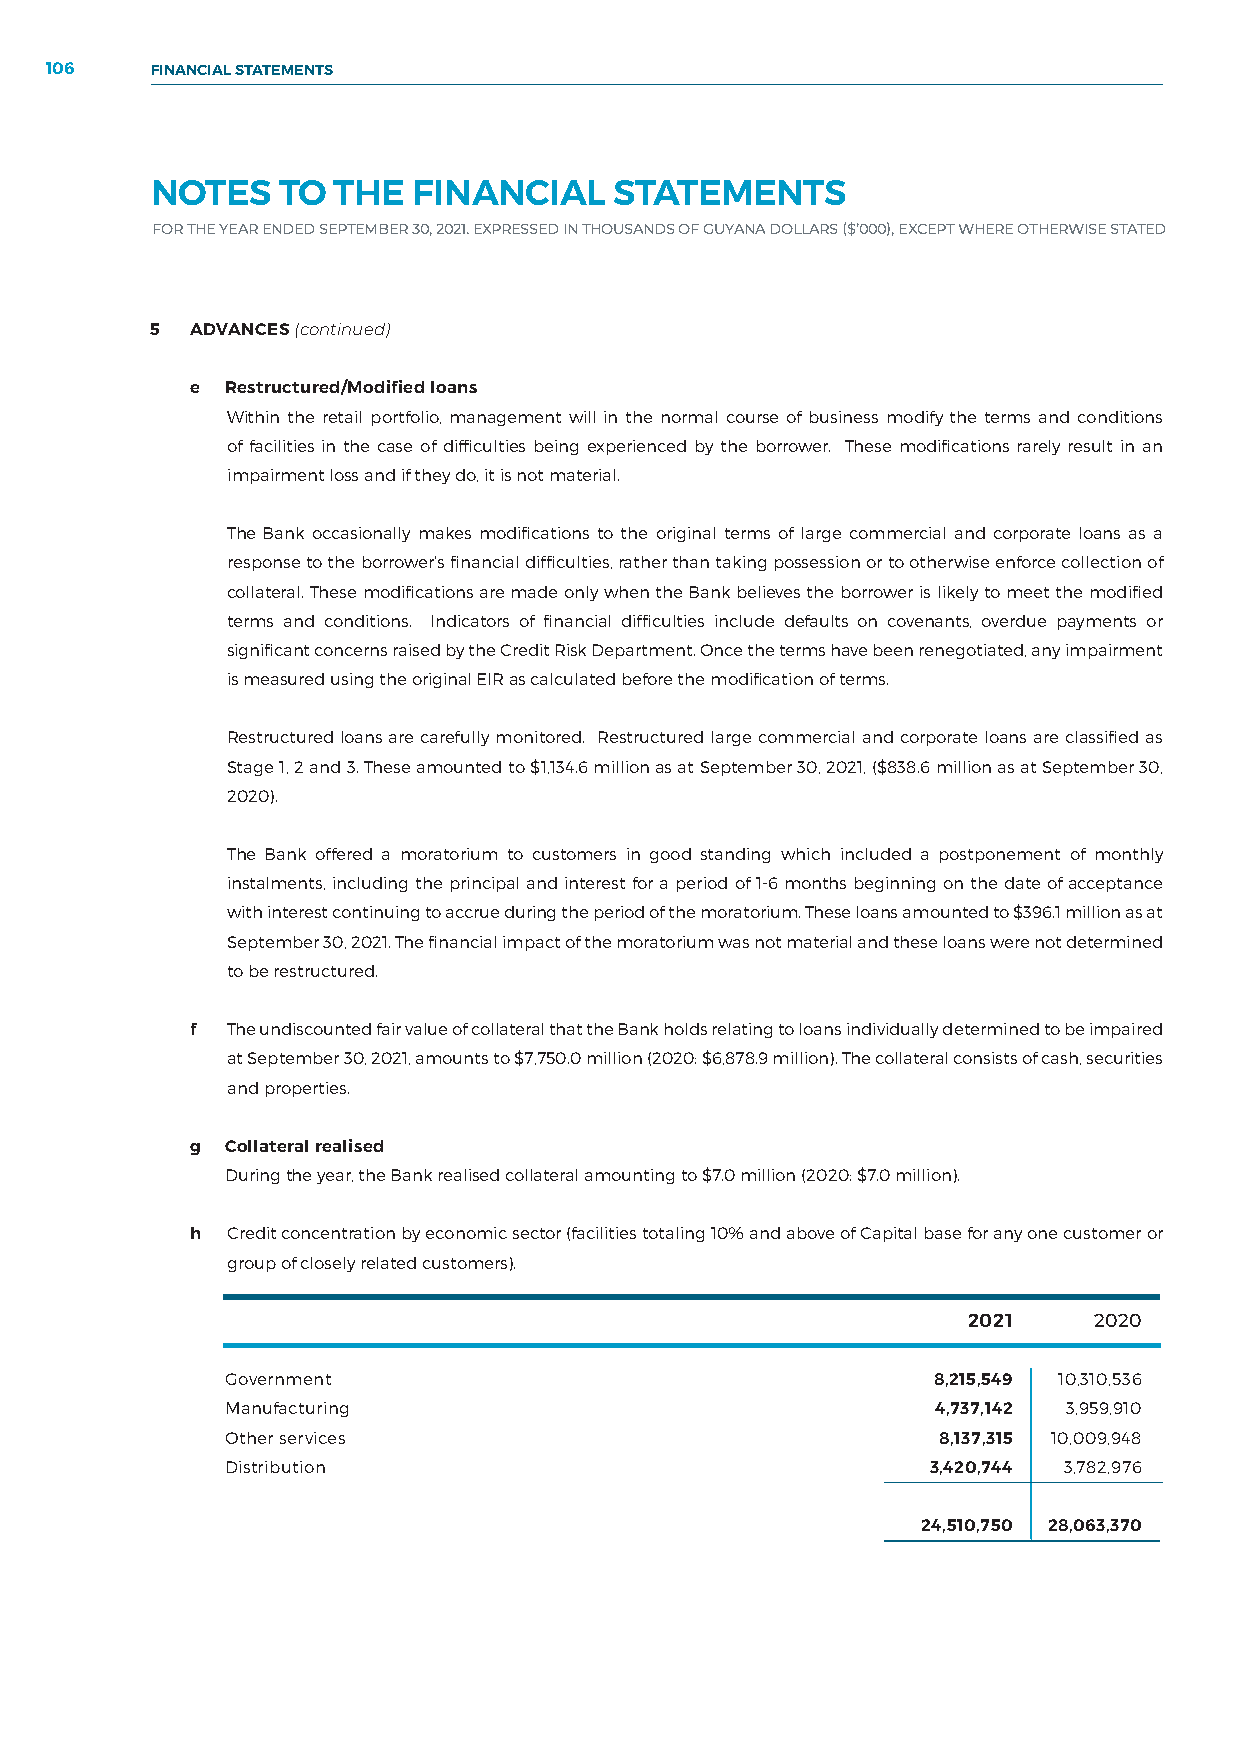
106    FINANCIAL STATEMENTS
 NOTES   TO  THE  FINANCIAL     STATEMENTS
 FOR THE YEAR ENDED SEPTEMBER 30, 2021. EXPRESSED IN THOUSANDS OF GUYANA DOLLARS ($’000), EXCEPT WHERE OTHERWISE STATED
 5  ADVANCES (continued)
 e Restructured/Modified loans
 Within the retail portfolio, management will in the normal course of business modify the terms and conditions
 of facilities in the case of difficulties being experienced by the borrower. These modifications rarely result in an
 impairment loss and if they do, it is not material.
 The Bank occasionally makes modifications to the original terms of large commercial and corporate loans as a
 response to the borrower’s financial difficulties, rather than taking possession or to otherwise enforce collection of
 collateral. These modifications are made only when the Bank believes the borrower is likely to meet the modified
 terms and conditions. Indicators of financial difficulties include defaults on covenants, overdue payments or
 significant concerns raised by the Credit Risk Department. Once the terms have been renegotiated, any impairment
 is measured using the original EIR as calculated before the modification of terms.
 Restructured loans are carefully monitored. Restructured large commercial and corporate loans are classified as
 Stage 1, 2 and 3. These amounted to $1,134.6 million as at September 30, 2021, ($838.6 million as at September 30,
 2020).
 The Bank offered a moratorium to customers in good standing which included a postponement of monthly
 instalments, including the principal and interest for a period of 1-6 months beginning on the date of acceptance
 with interest continuing to accrue during the period of the moratorium. These loans amounted to $396.1 million as at
 September 30, 2021. The financial impact of the moratorium was not material and these loans were not determined
 to be restructured.
 f The undiscounted fair value of collateral that the Bank holds relating to loans individually determined to be impaired
 at September 30, 2021, amounts to $7,750.0 million (2020: $6,878.9 million). The collateral consists of cash, securities
 and properties.
 g Collateral realised
 During the year, the Bank realised collateral amounting to $7.0 million (2020: $7.0 million).
 h Credit concentration by economic sector (facilities totaling 10% and above of Capital base for any one customer or
 group of closely related customers).
 2021    2020
 Government                                     8,215,549 10,310,536
 Manufacturing                                  4,737,142 3,959,910
 Other services                                 8,137,315 10,009,948
 Distribution                                   3,420,744 3,782,976
 24,510,750 28,063,370